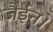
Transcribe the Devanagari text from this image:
जैईन।